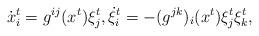
LaTeX: \begin{align*}\dot x_i^t = g^{ij}(x^t) \xi_j^t, \dot \xi_i^t = -(g^{jk})_i(x^t) \xi_j^t \xi_k^t, \end{align*}